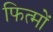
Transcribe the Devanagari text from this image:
फित्मों